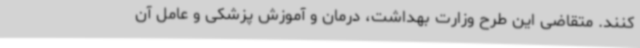
کنند. متقاضی این طرح وزارت بهداشت، درمان و آموزش پزشکی و عامل آن